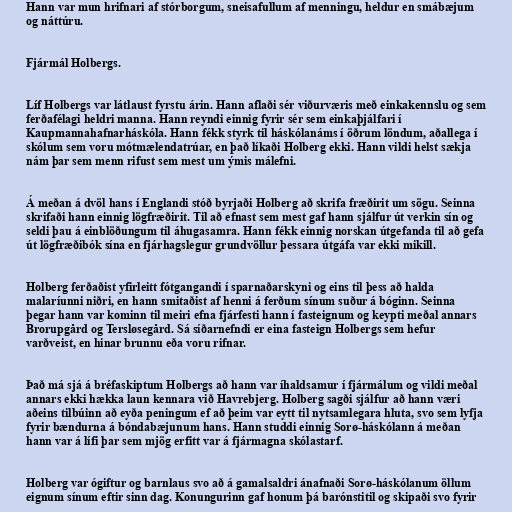
Hann var mun hrifnari af stórborgum, sneisafullum af menningu, heldur en smábæjum
og náttúru.

Fjármál Holbergs.

Líf Holbergs var látlaust fyrstu árin. Hann aflaði sér viðurværis með einkakennslu og sem
ferðafélagi heldri manna. Hann reyndi einnig fyrir sér sem einkaþjálfari í
Kaupmannahafnarháskóla. Hann fékk styrk til háskólanáms í öðrum löndum, aðallega í
skólum sem voru mótmælendatrúar, en það líkaði Holberg ekki. Hann vildi helst sækja
nám þar sem menn rifust sem mest um ýmis málefni.

Á meðan á dvöl hans í Englandi stóð byrjaði Holberg að skrifa fræðirit um sögu. Seinna
skrifaði hann einnig lögfræðirit. Til að efnast sem mest gaf hann sjálfur út verkin sín og
seldi þau á einblöðungum til áhugasamra. Hann fékk einnig norskan útgefanda til að gefa
út lögfræðibók sína en fjárhagslegur grundvöllur þessara útgáfa var ekki mikill.

Holberg ferðaðist yfirleitt fótgangandi í sparnaðarskyni og eins til þess að halda
malaríunni niðri, en hann smitaðist af henni á ferðum sínum suður á bóginn. Seinna
þegar hann var kominn til meiri efna fjárfesti hann í fasteignum og keypti meðal annars
Brorupgård og Tersløsegård. Sá síðarnefndi er eina fasteign Holbergs sem hefur
varðveist, en hinar brunnu eða voru rifnar.

Það má sjá á bréfaskiptum Holbergs að hann var íhaldsamur í fjármálum og vildi meðal
annars ekki hækka laun kennara við Havrebjerg. Holberg sagði sjálfur að hann væri
aðeins tilbúinn að eyða peningum ef að þeim var eytt til nytsamlegara hluta, svo sem lyfja
fyrir bændurna á bóndabæjunum hans. Hann studdi einnig Sorø-háskólann á meðan
hann var á lífi þar sem mjög erfitt var á fjármagna skólastarf.

Holberg var ógiftur og barnlaus svo að á gamalsaldri ánafnaði Sorø-háskólanum öllum
eignum sínum eftir sinn dag. Konungurinn gaf honum þá barónstitil og skipaði svo fyrir